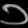
Digit: ၁